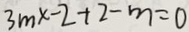
3 m x - 2 + 2 - m = 0